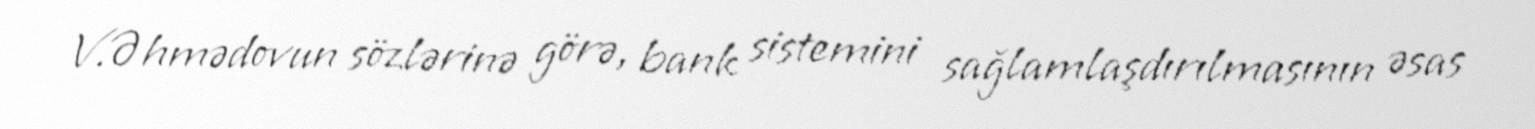
V.Əhmədovun sözlərinə görə, bank sistemini sağlamlaşdırılmasının əsas